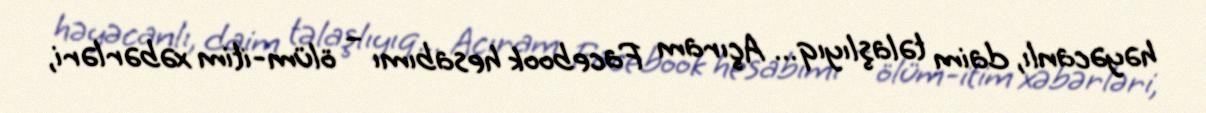
həyəcanlı, daim təlaşlıyıq... Açıram Facebook hesabımı – ölüm-itim xəbərləri,